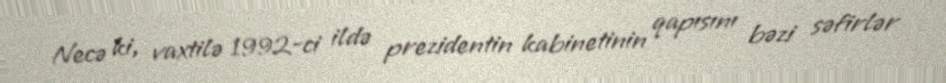
Necə ki, vaxtilə 1992-ci ildə prezidentin kabinetinin qapısını bəzi səfirlər